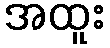
အထူး